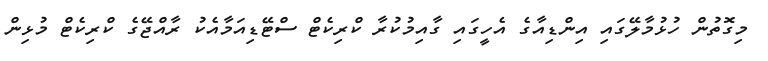
މިގޮތުން ހުޅުމާލޭގައި އިންޑިއާގެ އެހީގައި ގާއިމުކުރާ ކްރިކެޓް ސްޓޭޑިއަމާއެކު ރާއްޖޭގެ ކްރިކެޓް މުޅިން